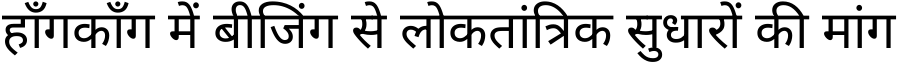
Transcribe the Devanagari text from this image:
हाँगकाँग में बीजिंग से लोकतांत्रिक सुधारों की मांग